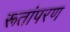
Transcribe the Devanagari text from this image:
रूतांपरण